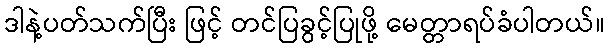
ဒါနဲ့ပတ်သက်ပြီး ဖြင့် တင်ပြခွင့်ပြုဖို့ မေတ္တာရပ်ခံပါတယ်။